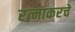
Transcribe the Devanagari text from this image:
रत्‍नाकरचे